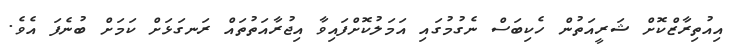
އިއުތިރާޒްކޮށް ޝަރީއަތުން ހެކިބަސް ނެގުމުގައި އަމަލުކޮށްފައިވާ އިޖުރާއަތުތައް ރަނގަޅަށް ކަމަށް ބުނެފަ އެވެ.